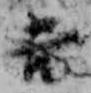
吉